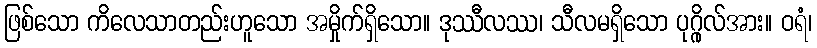
ဖြစ်သော ကိလေသာတည်းဟူသော အမှိုက်ရှိသော။ ဒုဿီလဿ၊ သီလမရှိသော ပုဂ္ဂိုလ်အား။ ဝရံ၊